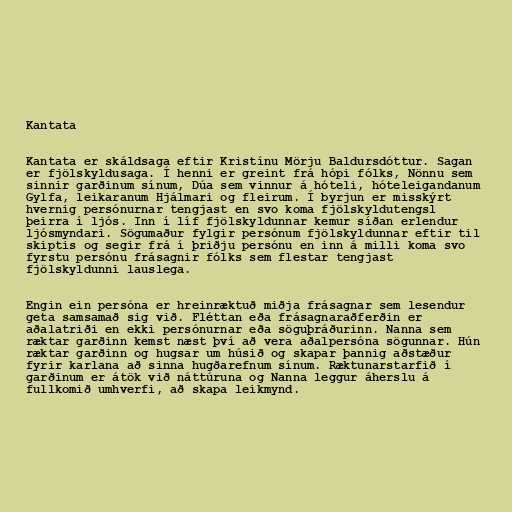
Kantata

Kantata er skáldsaga eftir Kristínu Mörju Baldursdóttur. Sagan
er fjölskyldusaga. Í henni er greint frá hópi fólks, Nönnu sem
sinnir garðinum sínum, Dúa sem vinnur á hóteli, hóteleigandanum
Gylfa, leikaranum Hjálmari og fleirum. Í byrjun er misskýrt
hvernig persónurnar tengjast en svo koma fjölskyldutengsl
þeirra í ljós. Inn í líf fjölskyldunnar kemur síðan erlendur
ljósmyndari. Sögumaður fylgir persónum fjölskyldunnar eftir til
skiptis og segir frá í þriðju persónu en inn á milli koma svo
fyrstu persónu frásagnir fólks sem flestar tengjast
fjölskyldunni lauslega.

Engin ein persóna er hreinræktuð miðja frásagnar sem lesendur
geta samsamað sig við. Fléttan eða frásagnaraðferðin er
aðalatriði en ekki persónurnar eða söguþráðurinn. Nanna sem
ræktar garðinn kemst næst því að vera aðalpersóna sögunnar. Hún
ræktar garðinn og hugsar um húsið og skapar þannig aðstæður
fyrir karlana að sinna hugðarefnum sínum. Ræktunarstarfið í
garðinum er átök við náttúruna og Nanna leggur áherslu á
fullkomið umhverfi, að skapa leikmynd.